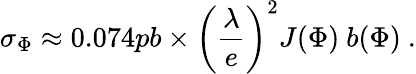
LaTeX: \sigma_{\Phi}\approx 0.074pb\times\left(\frac{\lambda}{e}\right)^{2}J(\Phi)~b(\Phi)~.